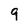
Character: 9